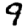
Digit: 9